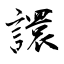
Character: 譞